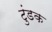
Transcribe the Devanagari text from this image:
टुंडक